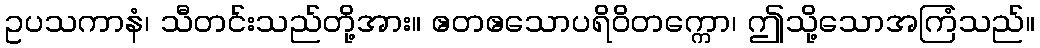
ဥပသကာနံ၊ သီတင်းသည်တို့အား။ ဧတဧသောပရိဝိတက္ကော၊ ဤသို့သောအကြံသည်။